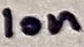
Text: 10n